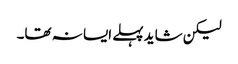
لیکن شاید پہلے ایسا نہ تھا۔